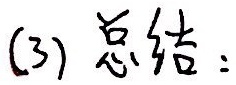
(3) 总结：